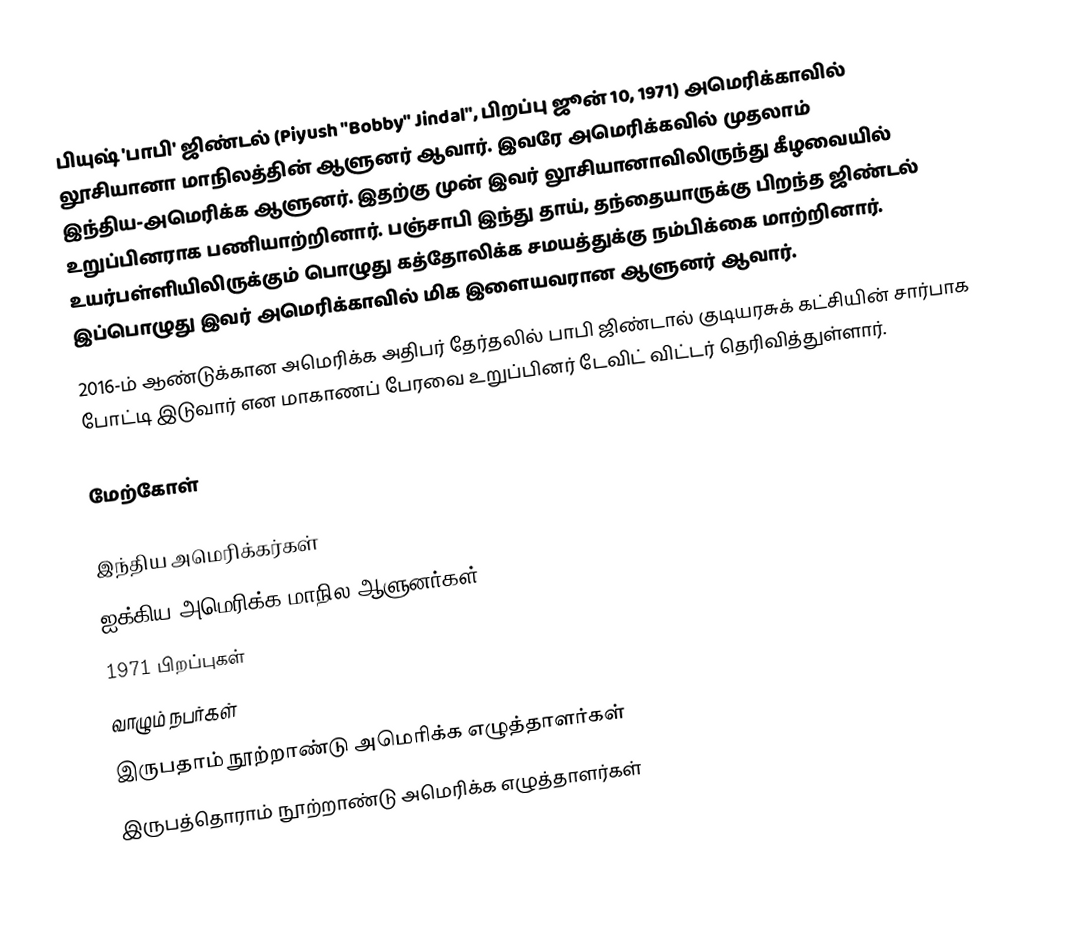
பியுஷ் 'பாபி' ஜிண்டல் (Piyush "Bobby" Jindal", பிறப்பு ஜூன் 10, 1971) அமெரிக்காவில் லூசியானா மாநிலத்தின் ஆளுனர் ஆவார். இவரே அமெரிக்கவில் முதலாம் இந்திய-அமெரிக்க ஆளுனர். இதற்கு முன் இவர் லூசியானாவிலிருந்து கீழவையில் உறுப்பினராக பணியாற்றினார். பஞ்சாபி இந்து தாய், தந்தையாருக்கு பிறந்த ஜிண்டல் உயர்பள்ளியிலிருக்கும் பொழுது கத்தோலிக்க சமயத்துக்கு நம்பிக்கை மாற்றினார். இப்பொழுது இவர் அமெரிக்காவில் மிக இளையவரான ஆளுனர் ஆவார்.
2016-ம் ஆண்டுக்கான அமெரிக்க அதிபர் தேர்தலில் பாபி ஜிண்டால்  குடியரசுக் கட்சியின் சார்பாக போட்டி  இடுவார் என மாகாணப் பேரவை உறுப்பினர் டேவிட் விட்டர் தெரிவித்துள்ளார்.

மேற்கோள்

இந்திய அமெரிக்கர்கள்
ஐக்கிய அமெரிக்க மாநில ஆளுனர்கள்
1971 பிறப்புகள்
வாழும் நபர்கள்
இருபதாம் நூற்றாண்டு அமெரிக்க எழுத்தாளர்கள்
இருபத்தொராம் நூற்றாண்டு அமெரிக்க எழுத்தாளர்கள்